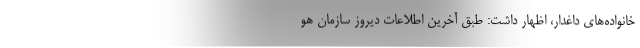
خانواده‌های داغدار، اظهار داشت: طبق آخرین اطلاعات دیروز سازمان هو